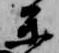
参